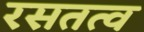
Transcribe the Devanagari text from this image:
रसतत्व